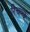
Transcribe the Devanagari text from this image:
रिचव्यू